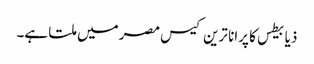
ذیابیطس کا پرانا ترین کیس مصر میں ملتا ہے۔